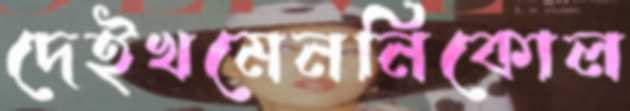
দেইখমেননিকোল